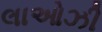
લાઓઝી